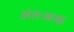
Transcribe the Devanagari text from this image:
अंतःकक्ष